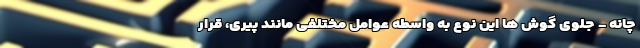
چانه - جلوی گوش ها این نوع به واسطه عوامل مختلفی مانند پیری، قرار